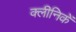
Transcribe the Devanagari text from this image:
क्लीनिकें